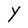
Character: Y